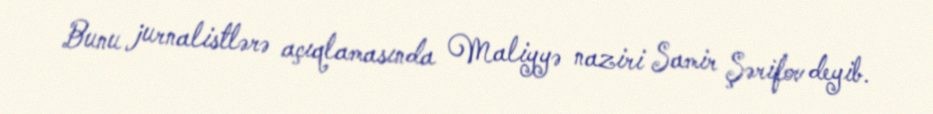
Bunu jurnalistlərə açıqlamasında Maliyyə naziri Samir Şərifov deyib.